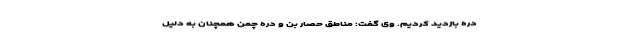
دره بازدید کردیم. وی گفت: مناطق حصار بُن و دره چمن همچنان به دلیل